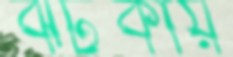
ঝটকায়